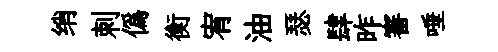
绡刺偽衡宥油瑟肆昨審唾